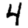
Digit: 4